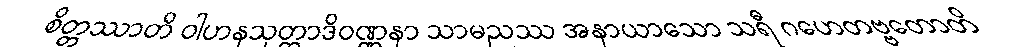
စိတ္တဿာတိ ဝါဟနသုတ္တာဒိဝဏ္ဏနာ သာမညဿ အနာယာသော သရီ ဂဟေတဗ္ဗတောတိ